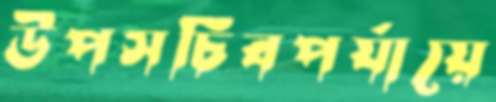
উপসচিবপর্যায়ে